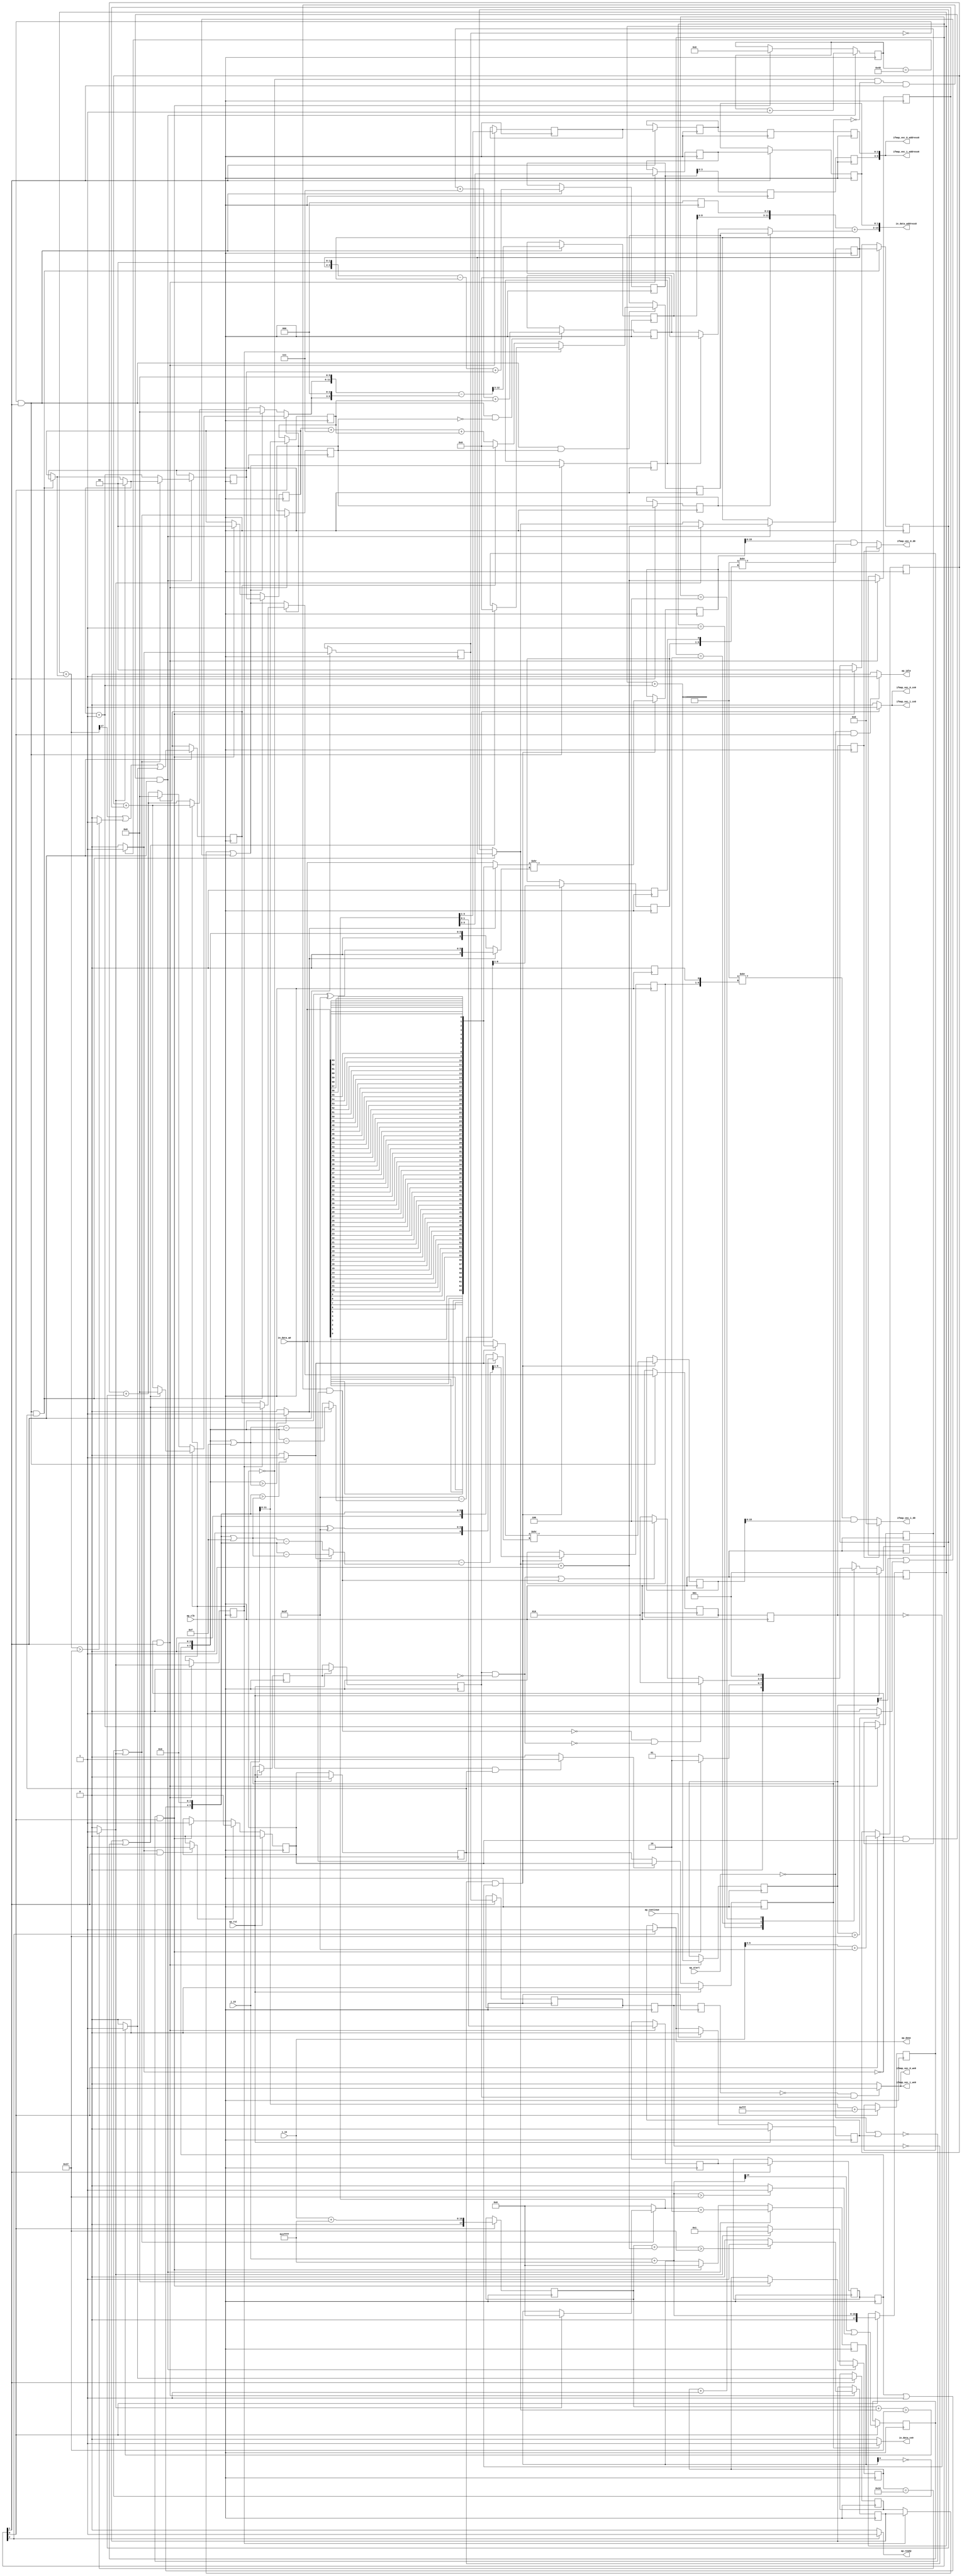
`define EXPONENT 5
`define MANTISSA 10
`define ACTUAL_MANTISSA 11
`define EXPONENT_LSB 10
`define EXPONENT_MSB 14
`define MANTISSA_LSB 0
`define MANTISSA_MSB 9
`define MANTISSA_MUL_SPLIT_LSB 3
`define MANTISSA_MUL_SPLIT_MSB 9
`define SIGN 1
`define SIGN_LOC 15
`define DWIDTH (`SIGN+`EXPONENT+`MANTISSA)
`define IEEE_COMPLIANCE 1

module td_fused_top_tdf5_readInputs42 (
        ap_clk,
        ap_rst,
        ap_start,
        ap_done,
        ap_continue,
        ap_idle,
        ap_ready,
        in_data_address0,
        in_data_ce0,
        in_data_q0,
        i_15,
        j_15,
        ifmap_vec_0_address0,
        ifmap_vec_0_ce0,
        ifmap_vec_0_we0,
        ifmap_vec_0_d0,
        ifmap_vec_1_address0,
        ifmap_vec_1_ce0,
        ifmap_vec_1_we0,
        ifmap_vec_1_d0
);

parameter    ap_ST_fsm_state1 = 3'd1;
parameter    ap_ST_fsm_pp0_stage0 = 3'd2;
parameter    ap_ST_fsm_state7 = 3'd4;

input   ap_clk;
input   ap_rst;
input   ap_start;
output   ap_done;
input   ap_continue;
output   ap_idle;
output   ap_ready;
output  [13:0] in_data_address0;
output   in_data_ce0;
input  [63:0] in_data_q0;
input  [15:0] i_15;
input  [15:0] j_15;
output  [6:0] ifmap_vec_0_address0;
output   ifmap_vec_0_ce0;
output   ifmap_vec_0_we0;
output  [15:0] ifmap_vec_0_d0;
output  [6:0] ifmap_vec_1_address0;
output   ifmap_vec_1_ce0;
output   ifmap_vec_1_we0;
output  [15:0] ifmap_vec_1_d0;

reg ap_done;
reg ap_idle;
reg ap_ready;
reg in_data_ce0;
reg ifmap_vec_0_ce0;
reg ifmap_vec_0_we0;
reg ifmap_vec_1_ce0;
reg ifmap_vec_1_we0;

reg    ap_done_reg;
  reg   [2:0] ap_CS_fsm;
wire    ap_CS_fsm_state1;
reg   [6:0] indvar_flatten47_reg_175;
reg   [1:0] ii_reg_186;
reg   [5:0] indvar_flatten_reg_198;
reg   [1:0] jj_reg_209;
reg   [4:0] kk_reg_221;
wire   [17:0] p_cast_i_fu_250_p1;
reg   [17:0] p_cast_i_reg_1041;
wire   [11:0] trunc_ln22_fu_254_p1;
reg   [11:0] trunc_ln22_reg_1047;
wire   [17:0] sext_ln22_fu_264_p1;
reg   [17:0] sext_ln22_reg_1053;
wire   [5:0] p_cast_fu_268_p2;
reg   [5:0] p_cast_reg_1059;
wire   [0:0] or_ln23_11_fu_288_p2;
reg   [0:0] or_ln23_11_reg_1065;
wire   [11:0] p_mid137_fu_294_p2;
reg   [11:0] p_mid137_reg_1070;
wire   [6:0] add_ln19_3_fu_300_p2;
wire    ap_CS_fsm_pp0_stage0;
reg    ap_enable_reg_pp0_iter0;
wire    ap_block_state2_pp0_stage0_iter0;
wire    ap_block_state3_pp0_stage0_iter1;
wire    ap_block_state4_pp0_stage0_iter2;
wire    ap_block_state5_pp0_stage0_iter3;
wire    ap_block_state6_pp0_stage0_iter4;
wire    ap_block_pp0_stage0_11001;
wire   [0:0] empty_97_fu_315_p2;
reg   [0:0] empty_97_reg_1080;
wire   [0:0] is_padding_fu_350_p2;
reg   [0:0] is_padding_reg_1085;
wire   [0:0] icmp_ln19_fu_356_p2;
reg   [0:0] icmp_ln19_reg_1092;
reg   [0:0] icmp_ln19_reg_1092_pp0_iter1_reg;
reg   [0:0] icmp_ln19_reg_1092_pp0_iter2_reg;
reg   [0:0] icmp_ln19_reg_1092_pp0_iter3_reg;
wire   [1:0] add_ln19_fu_362_p2;
reg   [1:0] add_ln19_reg_1096;
wire   [0:0] icmp_ln20_fu_368_p2;
reg   [0:0] icmp_ln20_reg_1101;
wire   [1:0] select_ln19_16_fu_390_p3;
reg   [1:0] select_ln19_16_reg_1110;
wire   [0:0] p_mid113_fu_407_p2;
reg   [0:0] p_mid113_reg_1117;
wire   [0:0] or_ln19_fu_427_p2;
reg   [0:0] or_ln19_reg_1123;
reg   [0:0] or_ln19_reg_1123_pp0_iter1_reg;
wire   [1:0] add_ln20_fu_433_p2;
reg   [1:0] add_ln20_reg_1130;
wire   [1:0] select_ln20_11_fu_447_p3;
reg   [1:0] select_ln20_11_reg_1135;
wire   [17:0] add_ln22_4_fu_459_p2;
reg   [17:0] add_ln22_4_reg_1141;
reg   [1:0] lshr_ln_reg_1147;
reg   [1:0] lshr_ln_reg_1147_pp0_iter1_reg;
wire   [1:0] trunc_ln32_fu_474_p1;
reg   [1:0] trunc_ln32_reg_1152;
reg   [1:0] trunc_ln32_reg_1152_pp0_iter1_reg;
reg   [1:0] trunc_ln32_reg_1152_pp0_iter2_reg;
reg   [2:0] lshr_ln3_reg_1158;
reg   [2:0] lshr_ln3_reg_1158_pp0_iter1_reg;
reg   [2:0] lshr_ln3_reg_1158_pp0_iter2_reg;
reg   [2:0] lshr_ln3_reg_1158_pp0_iter3_reg;
wire   [4:0] add_ln25_fu_488_p2;
wire   [5:0] select_ln20_15_fu_500_p3;
wire   [11:0] select_ln19_21_fu_626_p3;
reg   [11:0] select_ln19_21_reg_1173;
wire   [5:0] add_ln33_fu_636_p2;
reg   [5:0] add_ln33_reg_1178;
reg   [5:0] add_ln33_reg_1178_pp0_iter2_reg;
reg   [5:0] add_ln33_reg_1178_pp0_iter3_reg;
wire   [0:0] or_ln23_15_fu_663_p2;
reg   [0:0] or_ln23_15_reg_1183;
wire   [0:0] select_ln20_12_fu_669_p3;
reg   [0:0] select_ln20_12_reg_1188;
reg   [0:0] select_ln20_12_reg_1188_pp0_iter2_reg;
reg   [0:0] select_ln20_12_reg_1188_pp0_iter3_reg;
wire   [11:0] p_mid1_fu_694_p2;
reg   [11:0] p_mid1_reg_1194;
wire   [12:0] sub_ln32_fu_730_p2;
reg   [12:0] sub_ln32_reg_1199;
wire   [6:0] sub_ln32_9_fu_852_p2;
reg   [6:0] sub_ln32_9_reg_1209;
wire   [63:0] lshr_ln32_fu_862_p2;
reg   [63:0] lshr_ln32_reg_1214;
wire   [6:0] sub_ln32_12_fu_953_p2;
reg   [6:0] sub_ln32_12_reg_1219;
wire   [63:0] lshr_ln32_5_fu_963_p2;
reg   [63:0] lshr_ln32_5_reg_1224;
reg    ap_block_state1;
wire    ap_block_pp0_stage0_subdone;
reg    ap_condition_pp0_flush_enable;
reg    ap_enable_reg_pp0_iter1;
reg    ap_enable_reg_pp0_iter2;
reg    ap_condition_pp0_exit_iter1_state3;
reg    ap_enable_reg_pp0_iter3;
reg    ap_enable_reg_pp0_iter4;
reg   [1:0] ap_phi_mux_ii_phi_fu_190_p4;
wire    ap_block_pp0_stage0;
reg   [1:0] ap_phi_mux_jj_phi_fu_213_p4;
wire   [63:0] sext_ln32_fu_768_p1;
wire   [63:0] sext_ln33_fu_1005_p1;
wire   [16:0] zext_ln19_fu_236_p1;
wire   [16:0] empty_95_fu_244_p2;
wire   [16:0] j_cast_i_fu_232_p1;
wire   [16:0] add_ln22_fu_258_p2;
wire   [5:0] empty_fu_240_p1;
wire   [0:0] tmp_fu_274_p3;
wire   [0:0] icmp_ln24_fu_282_p2;
wire   [17:0] ii_cast_i_fu_306_p1;
wire   [17:0] empty_96_fu_310_p2;
wire   [17:0] zext_ln20_fu_321_p1;
wire   [17:0] add_ln22_3_fu_325_p2;
wire   [0:0] tmp_33_fu_330_p3;
wire   [0:0] icmp_ln24_3_fu_338_p2;
wire   [0:0] or_ln23_fu_344_p2;
wire   [17:0] ii_cast_i_mid1_fu_398_p1;
wire   [17:0] p_mid111_fu_402_p2;
wire   [0:0] tmp_34_fu_413_p3;
wire   [0:0] xor_ln25_fu_421_p2;
wire   [1:0] select_ln19_fu_374_p3;
wire   [4:0] select_ln19_15_fu_382_p3;
wire   [17:0] zext_ln20_3_fu_455_p1;
wire   [4:0] select_ln20_fu_439_p3;
wire   [5:0] add_ln20_3_fu_494_p2;
wire   [5:0] ii_cast_fu_508_p1;
wire   [5:0] p_cast14_i_fu_512_p2;
wire   [2:0] zext_ln22_fu_517_p1;
wire   [2:0] tmp2_fu_528_p2;
wire   [11:0] tmp2_cast_fu_534_p1;
wire   [11:0] empty_98_fu_538_p2;
wire   [3:0] tmp_s_fu_553_p3;
wire   [4:0] zext_ln33_6_fu_560_p1;
wire   [4:0] zext_ln33_fu_550_p1;
wire   [4:0] sub_ln33_fu_564_p2;
wire   [5:0] ii_cast_mid1_fu_574_p1;
wire   [5:0] p_cast14_i_mid1_fu_577_p2;
wire   [0:0] or_ln23_13_fu_594_p2;
wire   [5:0] row_coord_int_mid131_fu_604_p3;
wire   [5:0] row_coord_int_fu_521_p3;
wire   [11:0] col_coord_int_mid139_fu_612_p3;
wire   [11:0] col_coord_int_fu_543_p3;
wire   [5:0] sub_ln33_cast_fu_570_p1;
wire   [5:0] zext_ln33_7_fu_633_p1;
wire   [0:0] tmp_35_fu_645_p3;
wire   [0:0] icmp_ln24_4_fu_652_p2;
wire   [0:0] or_ln23_14_fu_657_p2;
wire   [0:0] select_ln19_18_fu_589_p3;
wire   [0:0] select_ln19_19_fu_598_p3;
wire   [5:0] select_ln19_17_fu_582_p3;
wire   [2:0] zext_ln22_3_fu_642_p1;
wire   [2:0] tmp2_mid1_fu_684_p2;
wire   [11:0] tmp2_cast_mid1_fu_690_p1;
wire   [5:0] select_ln19_20_fu_619_p3;
wire   [5:0] row_coord_int_mid1_fu_676_p3;
wire   [5:0] select_ln20_13_fu_699_p3;
wire   [11:0] tmp_22_fu_706_p3;
wire   [8:0] tmp_23_fu_718_p3;
wire   [12:0] zext_ln32_fu_714_p1;
wire   [12:0] zext_ln32_22_fu_726_p1;
wire   [11:0] col_coord_int_mid1_fu_736_p3;
wire   [11:0] select_ln20_14_fu_745_p3;
wire   [13:0] sext_ln20_fu_742_p1;
wire   [13:0] zext_ln32_23_fu_751_p1;
wire   [13:0] add_ln32_fu_755_p2;
wire   [15:0] tmp_36_fu_761_p3;
wire   [5:0] tmp_24_fu_773_p3;
wire   [5:0] empty_100_fu_780_p2;
wire   [6:0] zext_ln32_24_fu_792_p1;
wire   [6:0] zext_ln32_25_fu_796_p1;
wire   [0:0] icmp_ln32_fu_786_p2;
wire   [6:0] sub_ln32_7_fu_810_p2;
wire   [6:0] sub_ln32_8_fu_822_p2;
reg   [63:0] tmp_37_fu_800_p4;
wire   [6:0] xor_ln32_fu_816_p2;
wire   [6:0] select_ln32_fu_828_p3;
wire   [6:0] select_ln32_7_fu_844_p3;
wire   [63:0] select_ln32_6_fu_836_p3;
wire   [63:0] zext_ln32_26_fu_858_p1;
wire   [1:0] or_ln329_i_fu_868_p2;
wire   [5:0] tmp_25_fu_873_p3;
wire   [5:0] empty_101_fu_881_p2;
wire   [6:0] zext_ln32_28_fu_893_p1;
wire   [6:0] zext_ln32_29_fu_897_p1;
wire   [0:0] icmp_ln32_2_fu_887_p2;
wire   [6:0] sub_ln32_10_fu_911_p2;
wire   [6:0] sub_ln32_11_fu_923_p2;
reg   [63:0] tmp_39_fu_901_p4;
wire   [6:0] xor_ln32_2_fu_917_p2;
wire   [6:0] select_ln32_8_fu_929_p3;
wire   [6:0] select_ln32_10_fu_945_p3;
wire   [63:0] select_ln32_9_fu_937_p3;
wire   [63:0] zext_ln32_30_fu_959_p1;
wire   [63:0] zext_ln32_27_fu_969_p1;
wire   [63:0] lshr_ln32_4_fu_972_p2;
wire   [63:0] and_ln32_fu_978_p2;
wire   [15:0] trunc_ln32_3_fu_983_p1;
wire   [15:0] in_data_elem_fu_987_p1;
wire   [8:0] tmp_38_fu_999_p3;
wire   [63:0] zext_ln32_31_fu_1011_p1;
wire   [63:0] lshr_ln32_6_fu_1014_p2;
wire   [63:0] and_ln32_2_fu_1020_p2;
wire   [15:0] trunc_ln32_4_fu_1025_p1;
wire   [15:0] in_data_elem_5_fu_1029_p1;
wire    ap_CS_fsm_state7;
reg   [2:0] ap_NS_fsm;
reg    ap_idle_pp0;
wire    ap_enable_pp0;
wire    ap_ce_reg;

// power-on initialization
initial begin
#0 ap_done_reg = 1'b0;
#0 ap_CS_fsm = 3'd1;
#0 ap_enable_reg_pp0_iter0 = 1'b0;
#0 ap_enable_reg_pp0_iter1 = 1'b0;
#0 ap_enable_reg_pp0_iter2 = 1'b0;
#0 ap_enable_reg_pp0_iter3 = 1'b0;
#0 ap_enable_reg_pp0_iter4 = 1'b0;
end

always @ (posedge ap_clk) begin
    if (ap_rst == 1'b1) begin
        ap_CS_fsm <= ap_ST_fsm_state1;
    end else begin
        ap_CS_fsm <= ap_NS_fsm;
    end
end

always @ (posedge ap_clk) begin
    if (ap_rst == 1'b1) begin
        ap_done_reg <= 1'b0;
    end else begin
        if ((ap_continue == 1'b1)) begin
            ap_done_reg <= 1'b0;
        end else if ((1'b1 == ap_CS_fsm_state7)) begin
            ap_done_reg <= 1'b1;
        end
    end
end

always @ (posedge ap_clk) begin
    if (ap_rst == 1'b1) begin
        ap_enable_reg_pp0_iter0 <= 1'b0;
    end else begin
        if ((1'b1 == ap_condition_pp0_flush_enable)) begin
            ap_enable_reg_pp0_iter0 <= 1'b0;
        end else if ((~((ap_start == 1'b0) | (ap_done_reg == 1'b1)) & (1'b1 == ap_CS_fsm_state1))) begin
            ap_enable_reg_pp0_iter0 <= 1'b1;
        end
    end
end

always @ (posedge ap_clk) begin
    if (ap_rst == 1'b1) begin
        ap_enable_reg_pp0_iter1 <= 1'b0;
    end else begin
        if ((1'b0 == ap_block_pp0_stage0_subdone)) begin
            ap_enable_reg_pp0_iter1 <= ap_enable_reg_pp0_iter0;
        end
    end
end

always @ (posedge ap_clk) begin
    if (ap_rst == 1'b1) begin
        ap_enable_reg_pp0_iter2 <= 1'b0;
    end else begin
        if ((1'b0 == ap_block_pp0_stage0_subdone)) begin
            if ((1'b1 == ap_condition_pp0_exit_iter1_state3)) begin
                ap_enable_reg_pp0_iter2 <= ap_enable_reg_pp0_iter0;
            end else if ((1'b1 == 1'b1)) begin
                ap_enable_reg_pp0_iter2 <= ap_enable_reg_pp0_iter1;
            end
        end
    end
end

always @ (posedge ap_clk) begin
    if (ap_rst == 1'b1) begin
        ap_enable_reg_pp0_iter3 <= 1'b0;
    end else begin
        if ((1'b0 == ap_block_pp0_stage0_subdone)) begin
            ap_enable_reg_pp0_iter3 <= ap_enable_reg_pp0_iter2;
        end
    end
end

always @ (posedge ap_clk) begin
    if (ap_rst == 1'b1) begin
        ap_enable_reg_pp0_iter4 <= 1'b0;
    end else begin
        if ((1'b0 == ap_block_pp0_stage0_subdone)) begin
            ap_enable_reg_pp0_iter4 <= ap_enable_reg_pp0_iter3;
        end else if ((~((ap_start == 1'b0) | (ap_done_reg == 1'b1)) & (1'b1 == ap_CS_fsm_state1))) begin
            ap_enable_reg_pp0_iter4 <= 1'b0;
        end
    end
end

always @ (posedge ap_clk) begin
    if (((icmp_ln19_reg_1092 == 1'd0) & (1'b0 == ap_block_pp0_stage0_11001) & (1'b1 == ap_CS_fsm_pp0_stage0) & (ap_enable_reg_pp0_iter1 == 1'b1))) begin
        ii_reg_186 <= select_ln19_16_reg_1110;
    end else if ((~((ap_start == 1'b0) | (ap_done_reg == 1'b1)) & (1'b1 == ap_CS_fsm_state1))) begin
        ii_reg_186 <= 2'd0;
    end
end

always @ (posedge ap_clk) begin
    if (((icmp_ln19_fu_356_p2 == 1'd0) & (1'b0 == ap_block_pp0_stage0_11001) & (ap_enable_reg_pp0_iter0 == 1'b1) & (1'b1 == ap_CS_fsm_pp0_stage0))) begin
        indvar_flatten47_reg_175 <= add_ln19_3_fu_300_p2;
    end else if ((~((ap_start == 1'b0) | (ap_done_reg == 1'b1)) & (1'b1 == ap_CS_fsm_state1))) begin
        indvar_flatten47_reg_175 <= 7'd0;
    end
end

always @ (posedge ap_clk) begin
    if (((icmp_ln19_fu_356_p2 == 1'd0) & (1'b0 == ap_block_pp0_stage0_11001) & (ap_enable_reg_pp0_iter0 == 1'b1) & (1'b1 == ap_CS_fsm_pp0_stage0))) begin
        indvar_flatten_reg_198 <= select_ln20_15_fu_500_p3;
    end else if ((~((ap_start == 1'b0) | (ap_done_reg == 1'b1)) & (1'b1 == ap_CS_fsm_state1))) begin
        indvar_flatten_reg_198 <= 6'd0;
    end
end

always @ (posedge ap_clk) begin
    if (((icmp_ln19_reg_1092 == 1'd0) & (1'b0 == ap_block_pp0_stage0_11001) & (1'b1 == ap_CS_fsm_pp0_stage0) & (ap_enable_reg_pp0_iter1 == 1'b1))) begin
        jj_reg_209 <= select_ln20_11_reg_1135;
    end else if ((~((ap_start == 1'b0) | (ap_done_reg == 1'b1)) & (1'b1 == ap_CS_fsm_state1))) begin
        jj_reg_209 <= 2'd0;
    end
end

always @ (posedge ap_clk) begin
    if (((icmp_ln19_fu_356_p2 == 1'd0) & (1'b0 == ap_block_pp0_stage0_11001) & (ap_enable_reg_pp0_iter0 == 1'b1) & (1'b1 == ap_CS_fsm_pp0_stage0))) begin
        kk_reg_221 <= add_ln25_fu_488_p2;
    end else if ((~((ap_start == 1'b0) | (ap_done_reg == 1'b1)) & (1'b1 == ap_CS_fsm_state1))) begin
        kk_reg_221 <= 5'd0;
    end
end

always @ (posedge ap_clk) begin
    if (((icmp_ln19_fu_356_p2 == 1'd0) & (1'b0 == ap_block_pp0_stage0_11001) & (1'b1 == ap_CS_fsm_pp0_stage0))) begin
        add_ln19_reg_1096 <= add_ln19_fu_362_p2;
        add_ln20_reg_1130 <= add_ln20_fu_433_p2;
        add_ln22_4_reg_1141 <= add_ln22_4_fu_459_p2;
        icmp_ln20_reg_1101 <= icmp_ln20_fu_368_p2;
        lshr_ln3_reg_1158 <= {{select_ln20_fu_439_p3[3:1]}};
        lshr_ln_reg_1147 <= {{select_ln20_fu_439_p3[3:2]}};
        or_ln19_reg_1123 <= or_ln19_fu_427_p2;
        p_mid113_reg_1117 <= p_mid113_fu_407_p2;
        trunc_ln32_reg_1152 <= trunc_ln32_fu_474_p1;
    end
end

always @ (posedge ap_clk) begin
    if (((icmp_ln19_reg_1092 == 1'd0) & (1'b0 == ap_block_pp0_stage0_11001) & (1'b1 == ap_CS_fsm_pp0_stage0))) begin
        add_ln33_reg_1178 <= add_ln33_fu_636_p2;
        or_ln23_15_reg_1183 <= or_ln23_15_fu_663_p2;
        select_ln20_12_reg_1188 <= select_ln20_12_fu_669_p3;
        sub_ln32_reg_1199[12 : 3] <= sub_ln32_fu_730_p2[12 : 3];
    end
end

always @ (posedge ap_clk) begin
    if ((1'b0 == ap_block_pp0_stage0_11001)) begin
        add_ln33_reg_1178_pp0_iter2_reg <= add_ln33_reg_1178;
        add_ln33_reg_1178_pp0_iter3_reg <= add_ln33_reg_1178_pp0_iter2_reg;
        icmp_ln19_reg_1092_pp0_iter2_reg <= icmp_ln19_reg_1092_pp0_iter1_reg;
        icmp_ln19_reg_1092_pp0_iter3_reg <= icmp_ln19_reg_1092_pp0_iter2_reg;
        lshr_ln3_reg_1158_pp0_iter2_reg <= lshr_ln3_reg_1158_pp0_iter1_reg;
        lshr_ln3_reg_1158_pp0_iter3_reg <= lshr_ln3_reg_1158_pp0_iter2_reg;
        select_ln20_12_reg_1188_pp0_iter2_reg <= select_ln20_12_reg_1188;
        select_ln20_12_reg_1188_pp0_iter3_reg <= select_ln20_12_reg_1188_pp0_iter2_reg;
        trunc_ln32_reg_1152_pp0_iter2_reg <= trunc_ln32_reg_1152_pp0_iter1_reg;
    end
end

always @ (posedge ap_clk) begin
    if (((1'b0 == ap_block_pp0_stage0_11001) & (1'b1 == ap_CS_fsm_pp0_stage0))) begin
        empty_97_reg_1080 <= empty_97_fu_315_p2;
        icmp_ln19_reg_1092 <= icmp_ln19_fu_356_p2;
        icmp_ln19_reg_1092_pp0_iter1_reg <= icmp_ln19_reg_1092;
        is_padding_reg_1085 <= is_padding_fu_350_p2;
        lshr_ln3_reg_1158_pp0_iter1_reg <= lshr_ln3_reg_1158;
        lshr_ln_reg_1147_pp0_iter1_reg <= lshr_ln_reg_1147;
        or_ln19_reg_1123_pp0_iter1_reg <= or_ln19_reg_1123;
        trunc_ln32_reg_1152_pp0_iter1_reg <= trunc_ln32_reg_1152;
    end
end

always @ (posedge ap_clk) begin
    if (((icmp_ln19_reg_1092_pp0_iter2_reg == 1'd0) & (1'b0 == ap_block_pp0_stage0_11001) & (select_ln20_12_reg_1188_pp0_iter2_reg == 1'd0))) begin
        lshr_ln32_5_reg_1224 <= lshr_ln32_5_fu_963_p2;
        lshr_ln32_reg_1214 <= lshr_ln32_fu_862_p2;
        sub_ln32_12_reg_1219[6 : 1] <= sub_ln32_12_fu_953_p2[6 : 1];
        sub_ln32_9_reg_1209[6 : 1] <= sub_ln32_9_fu_852_p2[6 : 1];
    end
end

always @ (posedge ap_clk) begin
    if ((1'b1 == ap_CS_fsm_state1)) begin
        or_ln23_11_reg_1065 <= or_ln23_11_fu_288_p2;
        p_cast_i_reg_1041 <= p_cast_i_fu_250_p1;
        p_cast_reg_1059 <= p_cast_fu_268_p2;
        p_mid137_reg_1070 <= p_mid137_fu_294_p2;
        sext_ln22_reg_1053 <= sext_ln22_fu_264_p1;
        trunc_ln22_reg_1047 <= trunc_ln22_fu_254_p1;
    end
end

always @ (posedge ap_clk) begin
    if (((icmp_ln19_reg_1092 == 1'd0) & (1'b0 == ap_block_pp0_stage0_11001) & (1'b1 == ap_CS_fsm_pp0_stage0) & (or_ln19_reg_1123 == 1'd0))) begin
        p_mid1_reg_1194 <= p_mid1_fu_694_p2;
    end
end

always @ (posedge ap_clk) begin
    if (((icmp_ln19_fu_356_p2 == 1'd0) & (1'b0 == ap_block_pp0_stage0_11001) & (ap_enable_reg_pp0_iter0 == 1'b1) & (1'b1 == ap_CS_fsm_pp0_stage0))) begin
        select_ln19_16_reg_1110 <= select_ln19_16_fu_390_p3;
        select_ln20_11_reg_1135 <= select_ln20_11_fu_447_p3;
    end
end

always @ (posedge ap_clk) begin
    if (((icmp_ln19_reg_1092 == 1'd0) & (1'b0 == ap_block_pp0_stage0_11001) & (1'b1 == ap_CS_fsm_pp0_stage0) & (or_ln19_reg_1123 == 1'd1))) begin
        select_ln19_21_reg_1173 <= select_ln19_21_fu_626_p3;
    end
end

always @ (*) begin
    if (((ap_enable_reg_pp0_iter0 == 1'b0) & (ap_enable_reg_pp0_iter1 == 1'b1))) begin
        ap_condition_pp0_exit_iter1_state3 = 1'b1;
    end else begin
        ap_condition_pp0_exit_iter1_state3 = 1'b0;
    end
end

always @ (*) begin
    if (((icmp_ln19_fu_356_p2 == 1'd1) & (1'b0 == ap_block_pp0_stage0_subdone) & (1'b1 == ap_CS_fsm_pp0_stage0))) begin
        ap_condition_pp0_flush_enable = 1'b1;
    end else begin
        ap_condition_pp0_flush_enable = 1'b0;
    end
end

always @ (*) begin
    if ((1'b1 == ap_CS_fsm_state7)) begin
        ap_done = 1'b1;
    end else begin
        ap_done = ap_done_reg;
    end
end

always @ (*) begin
    if (((ap_start == 1'b0) & (1'b1 == ap_CS_fsm_state1))) begin
        ap_idle = 1'b1;
    end else begin
        ap_idle = 1'b0;
    end
end

always @ (*) begin
    if (((ap_enable_reg_pp0_iter0 == 1'b0) & (ap_enable_reg_pp0_iter4 == 1'b0) & (ap_enable_reg_pp0_iter3 == 1'b0) & (ap_enable_reg_pp0_iter2 == 1'b0) & (ap_enable_reg_pp0_iter1 == 1'b0))) begin
        ap_idle_pp0 = 1'b1;
    end else begin
        ap_idle_pp0 = 1'b0;
    end
end

always @ (*) begin
    if (((icmp_ln19_reg_1092 == 1'd0) & (1'b0 == ap_block_pp0_stage0) & (1'b1 == ap_CS_fsm_pp0_stage0) & (ap_enable_reg_pp0_iter1 == 1'b1))) begin
        ap_phi_mux_ii_phi_fu_190_p4 = select_ln19_16_reg_1110;
    end else begin
        ap_phi_mux_ii_phi_fu_190_p4 = ii_reg_186;
    end
end

always @ (*) begin
    if (((icmp_ln19_reg_1092 == 1'd0) & (1'b0 == ap_block_pp0_stage0) & (1'b1 == ap_CS_fsm_pp0_stage0) & (ap_enable_reg_pp0_iter1 == 1'b1))) begin
        ap_phi_mux_jj_phi_fu_213_p4 = select_ln20_11_reg_1135;
    end else begin
        ap_phi_mux_jj_phi_fu_213_p4 = jj_reg_209;
    end
end

always @ (*) begin
    if ((1'b1 == ap_CS_fsm_state7)) begin
        ap_ready = 1'b1;
    end else begin
        ap_ready = 1'b0;
    end
end

always @ (*) begin
    if (((1'b0 == ap_block_pp0_stage0_11001) & (ap_enable_reg_pp0_iter4 == 1'b1))) begin
        ifmap_vec_0_ce0 = 1'b1;
    end else begin
        ifmap_vec_0_ce0 = 1'b0;
    end
end

always @ (*) begin
    if (((icmp_ln19_reg_1092_pp0_iter3_reg == 1'd0) & (1'b0 == ap_block_pp0_stage0_11001) & (ap_enable_reg_pp0_iter4 == 1'b1))) begin
        ifmap_vec_0_we0 = 1'b1;
    end else begin
        ifmap_vec_0_we0 = 1'b0;
    end
end

always @ (*) begin
    if (((1'b0 == ap_block_pp0_stage0_11001) & (ap_enable_reg_pp0_iter4 == 1'b1))) begin
        ifmap_vec_1_ce0 = 1'b1;
    end else begin
        ifmap_vec_1_ce0 = 1'b0;
    end
end

always @ (*) begin
    if (((icmp_ln19_reg_1092_pp0_iter3_reg == 1'd0) & (1'b0 == ap_block_pp0_stage0_11001) & (ap_enable_reg_pp0_iter4 == 1'b1))) begin
        ifmap_vec_1_we0 = 1'b1;
    end else begin
        ifmap_vec_1_we0 = 1'b0;
    end
end

always @ (*) begin
    if (((1'b0 == ap_block_pp0_stage0_11001) & (ap_enable_reg_pp0_iter2 == 1'b1))) begin
        in_data_ce0 = 1'b1;
    end else begin
        in_data_ce0 = 1'b0;
    end
end

always @ (*) begin
    case (ap_CS_fsm)
        ap_ST_fsm_state1 : begin
            if ((~((ap_start == 1'b0) | (ap_done_reg == 1'b1)) & (1'b1 == ap_CS_fsm_state1))) begin
                ap_NS_fsm = ap_ST_fsm_pp0_stage0;
            end else begin
                ap_NS_fsm = ap_ST_fsm_state1;
            end
        end
        ap_ST_fsm_pp0_stage0 : begin
            if ((~((1'b0 == ap_block_pp0_stage0_subdone) & (ap_enable_reg_pp0_iter0 == 1'b0) & (ap_enable_reg_pp0_iter2 == 1'b0) & (1'b1 == ap_CS_fsm_pp0_stage0) & (ap_enable_reg_pp0_iter1 == 1'b1)) & ~((1'b0 == ap_block_pp0_stage0_subdone) & (ap_enable_reg_pp0_iter4 == 1'b1) & (ap_enable_reg_pp0_iter3 == 1'b0)))) begin
                ap_NS_fsm = ap_ST_fsm_pp0_stage0;
            end else if ((((1'b0 == ap_block_pp0_stage0_subdone) & (ap_enable_reg_pp0_iter4 == 1'b1) & (ap_enable_reg_pp0_iter3 == 1'b0)) | ((1'b0 == ap_block_pp0_stage0_subdone) & (ap_enable_reg_pp0_iter0 == 1'b0) & (ap_enable_reg_pp0_iter2 == 1'b0) & (1'b1 == ap_CS_fsm_pp0_stage0) & (ap_enable_reg_pp0_iter1 == 1'b1)))) begin
                ap_NS_fsm = ap_ST_fsm_state7;
            end else begin
                ap_NS_fsm = ap_ST_fsm_pp0_stage0;
            end
        end
        ap_ST_fsm_state7 : begin
            ap_NS_fsm = ap_ST_fsm_state1;
        end
        default : begin
            ap_NS_fsm = 'bx;
        end
    endcase
end

assign add_ln19_3_fu_300_p2 = (indvar_flatten47_reg_175 + 7'd1);

assign add_ln19_fu_362_p2 = (ap_phi_mux_ii_phi_fu_190_p4 + 2'd1);

assign add_ln20_3_fu_494_p2 = (indvar_flatten_reg_198 + 6'd1);

assign add_ln20_fu_433_p2 = (select_ln19_fu_374_p3 + 2'd1);

assign add_ln22_3_fu_325_p2 = ((sext_ln22_reg_1053) + (zext_ln20_fu_321_p1));

assign add_ln22_4_fu_459_p2 = ((sext_ln22_reg_1053) + (zext_ln20_3_fu_455_p1));

assign add_ln22_fu_258_p2 = ((j_cast_i_fu_232_p1) + (17'd131071));

assign add_ln25_fu_488_p2 = (select_ln20_fu_439_p3 + 5'd2);

assign add_ln32_fu_755_p2 = ((sext_ln20_fu_742_p1) + (zext_ln32_23_fu_751_p1));

assign add_ln33_fu_636_p2 = ((sub_ln33_cast_fu_570_p1) + (zext_ln33_7_fu_633_p1));

assign and_ln32_2_fu_1020_p2 = (lshr_ln32_6_fu_1014_p2 & lshr_ln32_5_reg_1224);

assign and_ln32_fu_978_p2 = (lshr_ln32_reg_1214 & lshr_ln32_4_fu_972_p2);

assign ap_CS_fsm_pp0_stage0 = ap_CS_fsm[32'd1];

assign ap_CS_fsm_state1 = ap_CS_fsm[32'd0];

assign ap_CS_fsm_state7 = ap_CS_fsm[32'd2];

assign ap_block_pp0_stage0 = ~(1'b1 == 1'b1);

assign ap_block_pp0_stage0_11001 = ~(1'b1 == 1'b1);

assign ap_block_pp0_stage0_subdone = ~(1'b1 == 1'b1);

always @ (*) begin
    ap_block_state1 = ((ap_start == 1'b0) | (ap_done_reg == 1'b1));
end

assign ap_block_state2_pp0_stage0_iter0 = ~(1'b1 == 1'b1);

assign ap_block_state3_pp0_stage0_iter1 = ~(1'b1 == 1'b1);

assign ap_block_state4_pp0_stage0_iter2 = ~(1'b1 == 1'b1);

assign ap_block_state5_pp0_stage0_iter3 = ~(1'b1 == 1'b1);

assign ap_block_state6_pp0_stage0_iter4 = ~(1'b1 == 1'b1);

assign ap_enable_pp0 = (ap_idle_pp0 ^ 1'b1);

assign col_coord_int_fu_543_p3 = ((is_padding_reg_1085[0:0] == 1'b1) ? 12'd0 : empty_98_fu_538_p2);

assign col_coord_int_mid139_fu_612_p3 = ((or_ln23_13_fu_594_p2[0:0] == 1'b1) ? 12'd0 : p_mid137_reg_1070);

assign col_coord_int_mid1_fu_736_p3 = ((or_ln23_15_reg_1183[0:0] == 1'b1) ? 12'd0 : p_mid1_reg_1194);

assign empty_100_fu_780_p2 = (tmp_24_fu_773_p3 | 6'd15);

assign empty_101_fu_881_p2 = (tmp_25_fu_873_p3 | 6'd15);

assign empty_95_fu_244_p2 = ((zext_ln19_fu_236_p1) + (17'd131071));

assign empty_96_fu_310_p2 = ((p_cast_i_reg_1041) + (ii_cast_i_fu_306_p1));

assign empty_97_fu_315_p2 = ((empty_96_fu_310_p2 > 18'd55) ? 1'b1 : 1'b0);

assign empty_98_fu_538_p2 = ((tmp2_cast_fu_534_p1) + (trunc_ln22_reg_1047));

assign empty_fu_240_p1 = i_15[5:0];

assign icmp_ln19_fu_356_p2 = ((indvar_flatten47_reg_175 == 7'd72) ? 1'b1 : 1'b0);

assign icmp_ln20_fu_368_p2 = ((indvar_flatten_reg_198 == 6'd24) ? 1'b1 : 1'b0);

assign icmp_ln24_3_fu_338_p2 = (((add_ln22_3_fu_325_p2) > (18'd55)) ? 1'b1 : 1'b0);

assign icmp_ln24_4_fu_652_p2 = (((add_ln22_4_reg_1141) > (18'd55)) ? 1'b1 : 1'b0);

assign icmp_ln24_fu_282_p2 = (((add_ln22_fu_258_p2) > (17'd55)) ? 1'b1 : 1'b0);

assign icmp_ln32_2_fu_887_p2 = ((tmp_25_fu_873_p3 > empty_101_fu_881_p2) ? 1'b1 : 1'b0);

assign icmp_ln32_fu_786_p2 = ((tmp_24_fu_773_p3 > empty_100_fu_780_p2) ? 1'b1 : 1'b0);

assign ifmap_vec_0_address0 = sext_ln33_fu_1005_p1;

assign ifmap_vec_0_d0 = ((select_ln20_12_reg_1188_pp0_iter3_reg[0:0] == 1'b1) ? 16'd0 : in_data_elem_fu_987_p1);

assign ifmap_vec_1_address0 = sext_ln33_fu_1005_p1;

assign ifmap_vec_1_d0 = ((select_ln20_12_reg_1188_pp0_iter3_reg[0:0] == 1'b1) ? 16'd0 : in_data_elem_5_fu_1029_p1);

assign ii_cast_fu_508_p1 = ii_reg_186;

assign ii_cast_i_fu_306_p1 = ap_phi_mux_ii_phi_fu_190_p4;

assign ii_cast_i_mid1_fu_398_p1 = add_ln19_fu_362_p2;

assign ii_cast_mid1_fu_574_p1 = add_ln19_reg_1096;

assign in_data_address0 = sext_ln32_fu_768_p1;

assign in_data_elem_5_fu_1029_p1 = trunc_ln32_4_fu_1025_p1;

assign in_data_elem_fu_987_p1 = trunc_ln32_3_fu_983_p1;

assign is_padding_fu_350_p2 = (or_ln23_fu_344_p2 | empty_97_fu_315_p2);

assign j_cast_i_fu_232_p1 = j_15;

assign lshr_ln32_4_fu_972_p2 = 64'd18446744073709551615 >> zext_ln32_27_fu_969_p1;

assign lshr_ln32_5_fu_963_p2 = select_ln32_9_fu_937_p3 >> zext_ln32_30_fu_959_p1;

assign lshr_ln32_6_fu_1014_p2 = 64'd18446744073709551615 >> zext_ln32_31_fu_1011_p1;

assign lshr_ln32_fu_862_p2 = select_ln32_6_fu_836_p3 >> zext_ln32_26_fu_858_p1;

assign or_ln19_fu_427_p2 = (xor_ln25_fu_421_p2 | icmp_ln20_fu_368_p2);

assign or_ln23_11_fu_288_p2 = (tmp_fu_274_p3 | icmp_ln24_fu_282_p2);

assign or_ln23_13_fu_594_p2 = (p_mid113_reg_1117 | or_ln23_11_reg_1065);

assign or_ln23_14_fu_657_p2 = (tmp_35_fu_645_p3 | icmp_ln24_4_fu_652_p2);

assign or_ln23_15_fu_663_p2 = (select_ln19_18_fu_589_p3 | or_ln23_14_fu_657_p2);

assign or_ln23_fu_344_p2 = (tmp_33_fu_330_p3 | icmp_ln24_3_fu_338_p2);

assign or_ln329_i_fu_868_p2 = (trunc_ln32_reg_1152_pp0_iter2_reg | 2'd1);

assign p_cast14_i_fu_512_p2 = (p_cast_reg_1059 + ii_cast_fu_508_p1);

assign p_cast14_i_mid1_fu_577_p2 = (p_cast_reg_1059 + ii_cast_mid1_fu_574_p1);

assign p_cast_fu_268_p2 = ((empty_fu_240_p1) + (6'd63));

assign p_cast_i_fu_250_p1 = (empty_95_fu_244_p2);

assign p_mid111_fu_402_p2 = ((p_cast_i_reg_1041) + (ii_cast_i_mid1_fu_398_p1));

assign p_mid113_fu_407_p2 = ((p_mid111_fu_402_p2 > 18'd55) ? 1'b1 : 1'b0);

assign p_mid137_fu_294_p2 = ((trunc_ln22_fu_254_p1) + (12'd4095));

assign p_mid1_fu_694_p2 = ((tmp2_cast_mid1_fu_690_p1) + (trunc_ln22_reg_1047));

assign row_coord_int_fu_521_p3 = ((is_padding_reg_1085[0:0] == 1'b1) ? 6'd0 : p_cast14_i_fu_512_p2);

assign row_coord_int_mid131_fu_604_p3 = ((or_ln23_13_fu_594_p2[0:0] == 1'b1) ? 6'd0 : p_cast14_i_mid1_fu_577_p2);

assign row_coord_int_mid1_fu_676_p3 = ((or_ln23_15_fu_663_p2[0:0] == 1'b1) ? 6'd0 : select_ln19_17_fu_582_p3);

assign select_ln19_15_fu_382_p3 = ((icmp_ln20_fu_368_p2[0:0] == 1'b1) ? 5'd0 : kk_reg_221);

assign select_ln19_16_fu_390_p3 = ((icmp_ln20_fu_368_p2[0:0] == 1'b1) ? add_ln19_fu_362_p2 : ap_phi_mux_ii_phi_fu_190_p4);

assign select_ln19_17_fu_582_p3 = ((icmp_ln20_reg_1101[0:0] == 1'b1) ? p_cast14_i_mid1_fu_577_p2 : p_cast14_i_fu_512_p2);

assign select_ln19_18_fu_589_p3 = ((icmp_ln20_reg_1101[0:0] == 1'b1) ? p_mid113_reg_1117 : empty_97_reg_1080);

assign select_ln19_19_fu_598_p3 = ((icmp_ln20_reg_1101[0:0] == 1'b1) ? or_ln23_13_fu_594_p2 : is_padding_reg_1085);

assign select_ln19_20_fu_619_p3 = ((icmp_ln20_reg_1101[0:0] == 1'b1) ? row_coord_int_mid131_fu_604_p3 : row_coord_int_fu_521_p3);

assign select_ln19_21_fu_626_p3 = ((icmp_ln20_reg_1101[0:0] == 1'b1) ? col_coord_int_mid139_fu_612_p3 : col_coord_int_fu_543_p3);

assign select_ln19_fu_374_p3 = ((icmp_ln20_fu_368_p2[0:0] == 1'b1) ? 2'd0 : ap_phi_mux_jj_phi_fu_213_p4);

assign select_ln20_11_fu_447_p3 = ((or_ln19_fu_427_p2[0:0] == 1'b1) ? select_ln19_fu_374_p3 : add_ln20_fu_433_p2);

assign select_ln20_12_fu_669_p3 = ((or_ln19_reg_1123[0:0] == 1'b1) ? select_ln19_19_fu_598_p3 : or_ln23_15_fu_663_p2);

assign select_ln20_13_fu_699_p3 = ((or_ln19_reg_1123[0:0] == 1'b1) ? select_ln19_20_fu_619_p3 : row_coord_int_mid1_fu_676_p3);

assign select_ln20_14_fu_745_p3 = ((or_ln19_reg_1123_pp0_iter1_reg[0:0] == 1'b1) ? select_ln19_21_reg_1173 : col_coord_int_mid1_fu_736_p3);

assign select_ln20_15_fu_500_p3 = ((icmp_ln20_fu_368_p2[0:0] == 1'b1) ? 6'd1 : add_ln20_3_fu_494_p2);

assign select_ln20_fu_439_p3 = ((or_ln19_fu_427_p2[0:0] == 1'b1) ? select_ln19_15_fu_382_p3 : 5'd0);

assign select_ln32_10_fu_945_p3 = ((icmp_ln32_2_fu_887_p2[0:0] == 1'b1) ? xor_ln32_2_fu_917_p2 : zext_ln32_28_fu_893_p1);

assign select_ln32_6_fu_836_p3 = ((icmp_ln32_fu_786_p2[0:0] == 1'b1) ? tmp_37_fu_800_p4 : in_data_q0);

assign select_ln32_7_fu_844_p3 = ((icmp_ln32_fu_786_p2[0:0] == 1'b1) ? xor_ln32_fu_816_p2 : zext_ln32_24_fu_792_p1);

assign select_ln32_8_fu_929_p3 = ((icmp_ln32_2_fu_887_p2[0:0] == 1'b1) ? sub_ln32_10_fu_911_p2 : sub_ln32_11_fu_923_p2);

assign select_ln32_9_fu_937_p3 = ((icmp_ln32_2_fu_887_p2[0:0] == 1'b1) ? tmp_39_fu_901_p4 : in_data_q0);

assign select_ln32_fu_828_p3 = ((icmp_ln32_fu_786_p2[0:0] == 1'b1) ? sub_ln32_7_fu_810_p2 : sub_ln32_8_fu_822_p2);

assign sext_ln20_fu_742_p1 = (sub_ln32_reg_1199);

assign sext_ln22_fu_264_p1 = add_ln22_fu_258_p2;

assign sext_ln32_fu_768_p1 = (tmp_36_fu_761_p3);

assign sext_ln33_fu_1005_p1 = (tmp_38_fu_999_p3);

assign sub_ln32_10_fu_911_p2 = (zext_ln32_28_fu_893_p1 - zext_ln32_29_fu_897_p1);

assign sub_ln32_11_fu_923_p2 = (zext_ln32_29_fu_897_p1 - zext_ln32_28_fu_893_p1);

assign sub_ln32_12_fu_953_p2 = (7'd63 - select_ln32_8_fu_929_p3);

assign sub_ln32_7_fu_810_p2 = (zext_ln32_24_fu_792_p1 - zext_ln32_25_fu_796_p1);

assign sub_ln32_8_fu_822_p2 = (zext_ln32_25_fu_796_p1 - zext_ln32_24_fu_792_p1);

assign sub_ln32_9_fu_852_p2 = (7'd63 - select_ln32_fu_828_p3);

assign sub_ln32_fu_730_p2 = (zext_ln32_fu_714_p1 - zext_ln32_22_fu_726_p1);

assign sub_ln33_cast_fu_570_p1 = (sub_ln33_fu_564_p2);

assign sub_ln33_fu_564_p2 = (zext_ln33_6_fu_560_p1 - zext_ln33_fu_550_p1);

assign tmp2_cast_fu_534_p1 = (tmp2_fu_528_p2);

assign tmp2_cast_mid1_fu_690_p1 = (tmp2_mid1_fu_684_p2);

assign tmp2_fu_528_p2 = ((zext_ln22_fu_517_p1) + (3'd7));

assign tmp2_mid1_fu_684_p2 = ((zext_ln22_3_fu_642_p1) + (3'd7));

assign tmp_22_fu_706_p3 = {{select_ln20_13_fu_699_p3}, {6'd0}};

assign tmp_23_fu_718_p3 = {{select_ln20_13_fu_699_p3}, {3'd0}};

assign tmp_24_fu_773_p3 = {{trunc_ln32_reg_1152_pp0_iter2_reg}, {4'd0}};

assign tmp_25_fu_873_p3 = {{or_ln329_i_fu_868_p2}, {4'd0}};

assign tmp_33_fu_330_p3 = add_ln22_3_fu_325_p2[32'd17];

assign tmp_34_fu_413_p3 = kk_reg_221[32'd4];

assign tmp_35_fu_645_p3 = add_ln22_4_reg_1141[32'd17];

assign tmp_36_fu_761_p3 = {{add_ln32_fu_755_p2}, {lshr_ln_reg_1147_pp0_iter1_reg}};

integer ap_tvar_int_0;

always @ (in_data_q0) begin
    //for (ap_tvar_int_0 = 64 - 1; ap_tvar_int_0 >= 0; ap_tvar_int_0 = ap_tvar_int_0 - 1) begin
    for (ap_tvar_int_0 = 0; ap_tvar_int_0 < 64; ap_tvar_int_0 = ap_tvar_int_0 + 1) begin
        if (ap_tvar_int_0 > 63 - 0) begin
            tmp_37_fu_800_p4[ap_tvar_int_0] = 1'b0;
        end else begin
            tmp_37_fu_800_p4[ap_tvar_int_0] = in_data_q0[63 - ap_tvar_int_0];
        end
    end
end

assign tmp_38_fu_999_p3 = {{add_ln33_reg_1178_pp0_iter3_reg}, {lshr_ln3_reg_1158_pp0_iter3_reg}};

integer ap_tvar_int_1;

always @ (in_data_q0) begin
    //for (ap_tvar_int_1 = 64 - 1; ap_tvar_int_1 >= 0; ap_tvar_int_1 = ap_tvar_int_1 - 1) begin
    for (ap_tvar_int_1 = 0; ap_tvar_int_1 < 64; ap_tvar_int_1 = ap_tvar_int_1 + 1) begin
        if (ap_tvar_int_1 > 63 - 0) begin
            tmp_39_fu_901_p4[ap_tvar_int_1] = 1'b0;
        end else begin
            tmp_39_fu_901_p4[ap_tvar_int_1] = in_data_q0[63 - ap_tvar_int_1];
        end
    end
end

assign tmp_fu_274_p3 = add_ln22_fu_258_p2[32'd16];

assign tmp_s_fu_553_p3 = {{select_ln19_16_reg_1110}, {2'd0}};

assign trunc_ln22_fu_254_p1 = j_15[11:0];

assign trunc_ln32_3_fu_983_p1 = and_ln32_fu_978_p2[15:0];

assign trunc_ln32_4_fu_1025_p1 = and_ln32_2_fu_1020_p2[15:0];

assign trunc_ln32_fu_474_p1 = select_ln20_fu_439_p3[1:0];

assign xor_ln25_fu_421_p2 = (tmp_34_fu_413_p3 ^ 1'd1);

assign xor_ln32_2_fu_917_p2 = (zext_ln32_28_fu_893_p1 ^ 7'd63);

assign xor_ln32_fu_816_p2 = (zext_ln32_24_fu_792_p1 ^ 7'd63);

assign zext_ln19_fu_236_p1 = i_15;

assign zext_ln20_3_fu_455_p1 = add_ln20_fu_433_p2;

assign zext_ln20_fu_321_p1 = ap_phi_mux_jj_phi_fu_213_p4;

assign zext_ln22_3_fu_642_p1 = add_ln20_reg_1130;

assign zext_ln22_fu_517_p1 = jj_reg_209;

assign zext_ln32_22_fu_726_p1 = tmp_23_fu_718_p3;

assign zext_ln32_23_fu_751_p1 = select_ln20_14_fu_745_p3;

assign zext_ln32_24_fu_792_p1 = tmp_24_fu_773_p3;

assign zext_ln32_25_fu_796_p1 = empty_100_fu_780_p2;

assign zext_ln32_26_fu_858_p1 = select_ln32_7_fu_844_p3;

assign zext_ln32_27_fu_969_p1 = sub_ln32_9_reg_1209;

assign zext_ln32_28_fu_893_p1 = tmp_25_fu_873_p3;

assign zext_ln32_29_fu_897_p1 = empty_101_fu_881_p2;

assign zext_ln32_30_fu_959_p1 = select_ln32_10_fu_945_p3;

assign zext_ln32_31_fu_1011_p1 = sub_ln32_12_reg_1219;

assign zext_ln32_fu_714_p1 = tmp_22_fu_706_p3;

assign zext_ln33_6_fu_560_p1 = tmp_s_fu_553_p3;

assign zext_ln33_7_fu_633_p1 = select_ln20_11_reg_1135;

assign zext_ln33_fu_550_p1 = select_ln19_16_reg_1110;

always @ (posedge ap_clk) begin
    sub_ln32_reg_1199[2:0] <= 3'b000;
    sub_ln32_9_reg_1209[0] <= 1'b0;
    sub_ln32_12_reg_1219[0] <= 1'b0;
end

endmodule //td_fused_top_tdf5_readInputs42